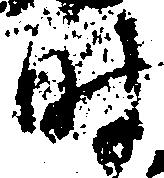
時